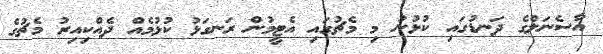
އާސެނަލްގެ ދަނޑުގައި ކުޅުނު މި މެޗުގައި އެޓީމުން ރަނގަޅު ކުޅުމެއް ދެއްކިއިރު މެޗުގެ